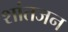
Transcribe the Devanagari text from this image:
शांतजन